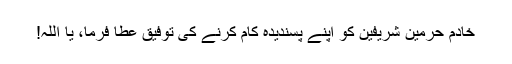
خادم حرمین شریفین کو اپنے پسندیدہ کام کرنے کی توفیق عطا فرما، یا اللہ!